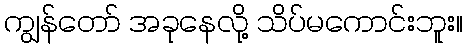
ကျွန်တော် အခုနေလို့ သိပ်မကောင်းဘူး။